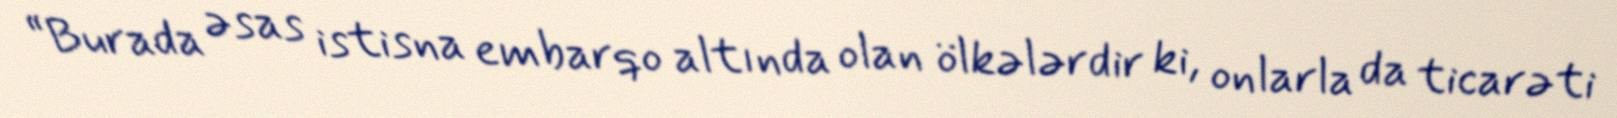
“Burada əsas istisna embarqo altında olan ölkələrdir ki, onlarla da ticarəti